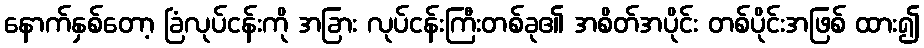
နောက်နှစ်တော့ ခြံလုပ်ငန်းကို အခြား လုပ်ငန်းကြီးတစ်ခု၏ အစိတ်အပိုင်း တစ်ပိုင်းအဖြစ် ထား၍